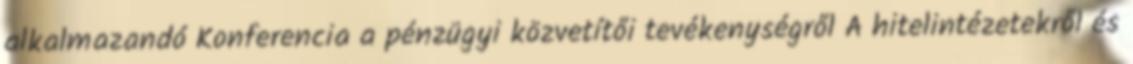
alkalmazandó Konferencia a pénzügyi közvetítői tevékenységről A hitelintézetekről és